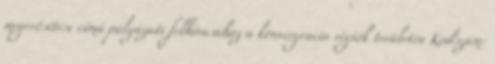
megerősítése című pályázati felhívásához a konvergencia régiók területén Kódszám: